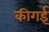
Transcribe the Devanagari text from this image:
कीगई